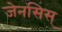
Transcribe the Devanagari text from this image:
जेनसिस्